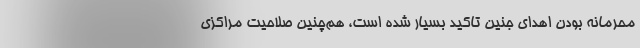
محرمانه بودن اهدای جنین تاکید بسیار شده است، هم‌چنین صلاحیت مراکزی